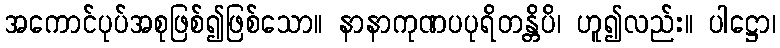
အကောင်ပုပ်အစုဖြစ်၍ဖြစ်သော။ နာနာကုဏပပုရိတန္တိပိ၊ ဟူ၍လည်း။ ပါဋ္ဌော၊